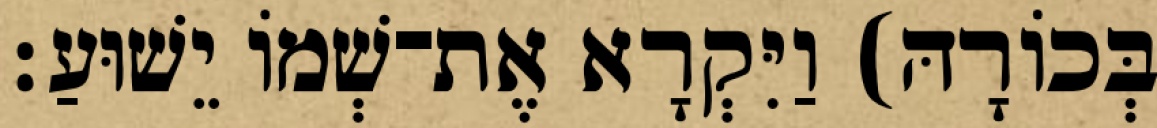
בְּכוֹרָהּ) וַיִּקְרָא אֶת־שְׁמוֹ יֵשׁוּעַ׃